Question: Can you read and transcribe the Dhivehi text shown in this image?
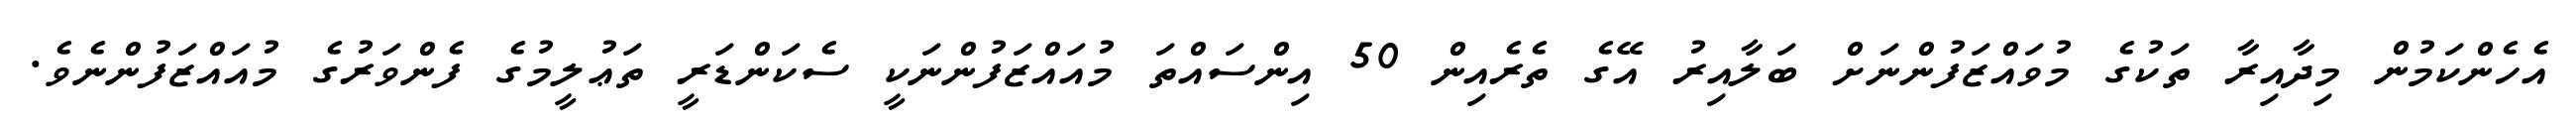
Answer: އެހެންކަމުން މިދާއިރާ ތަކުގެ މުވައްޒަފުންނަށް ބަލާއިރު އޭގެ ތެރެއިން 50 އިންސައްތަ މުއައްޒަފުންނަކީ ސެކަންޑަރީ ތަޢުލީމުގެ ފެންވަރުގެ މުއައްޒަފުންނެވެ.